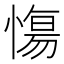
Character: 慯